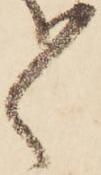
ゝ